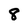
Character: 8